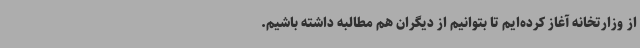
از وزارتخانه آغاز کرده‌ایم تا بتوانیم از دیگران هم مطالبه داشته باشیم.